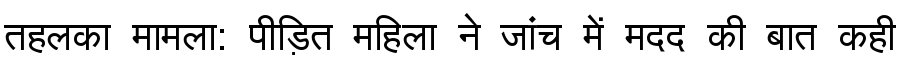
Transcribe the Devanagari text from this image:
तहलका मामला: पीड़ित महिला ने जांच में मदद की बात कही